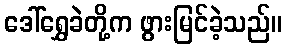
ဒေါ်ရွှေခဲတို့က ဖွားမြင်ခဲ့သည်။